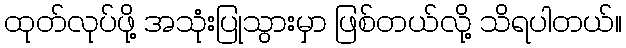
ထုတ်လုပ်ဖို့ အသုံးပြုသွားမှာ ဖြစ်တယ်လို့ သိရပါတယ်။